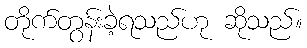
တိုက်တွန်းခဲ့ရသည်ဟု ဆိုသည်။